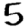
Digit: 5